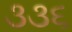
૩૩૬